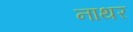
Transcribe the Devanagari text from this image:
नाथर